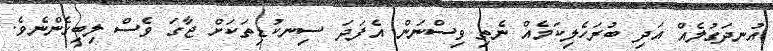
އުނދަގުލެއް އަދި ބުރަހެލިކަމެއް ނެތި ވިސްނަން އެފަދަ ސިނކުޑިތަކަށް ޖާގަ ވެސް ލިބިގެންނެވެ.